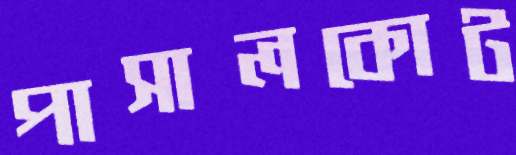
পাসালকোট